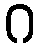
ဂ